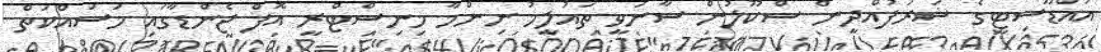
އައްޑޫސިޓީގެ ޝަރަފުއްދީން ސްކޫލުން ސާނަވީ ތައުލީމު ނިންމާ މިނިސްޓްރީ އޮފް ޖެންޑާގައި މަސައްކަތް